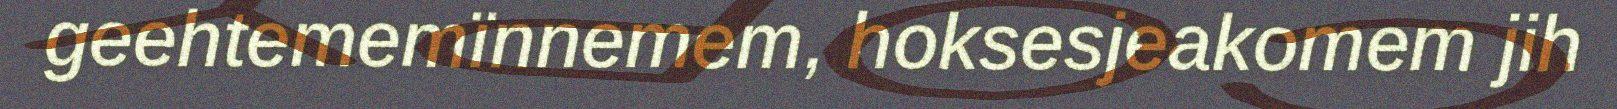
geehtememïnnemem, hoksesjeakomem jih